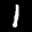
Label: 1